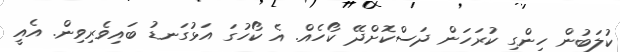
ކުލަބުން ހިންގި ކުރަހަން ދަސްކޮށްދޭ ކޯހެއް. އެ ކޯހުގަ އަޅުގަނޑު ބައިވެރިވިން. އެއީ